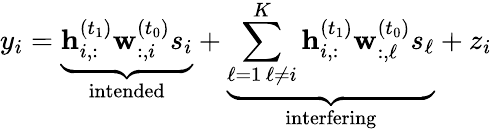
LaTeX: y_{i}=\underbrace{\mathbf{h}_{i,:}^{(t_{1})}\mathbf{w}_{:,i}^{(t_{0})}s_{i}}_{\mathrm{intended}}+\underbrace{\sum_{\substack{\ell=1\, \ell\neq i}}^{K}\mathbf{h}_{i,:}^{(t_{1})}\mathbf{w}_{:,\ell}^{(t_{0})}s_{\ell}}_{\mathrm{interfering}}+z_{i}